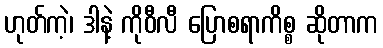
ဟုတ်ကဲ့၊ ဒါနဲ့ ကိုဝီလီ ပြောစရာကိစ္စ ဆိုတာက